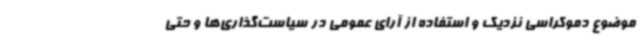
موضوع دموکراسی نزدیک و استفاده از آرای عمومی در سیاست‌گذاری‌ها و حتی